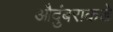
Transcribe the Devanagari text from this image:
औदुंबराकडे